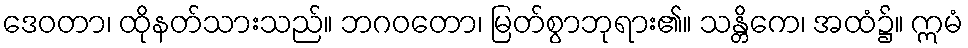
ဒေဝတာ၊ ထိုနတ်သားသည်။ ဘဂဝတော၊ မြတ်စွာဘုရား၏။ သန္တိကေ၊ အထံ၌။ ဣမံ